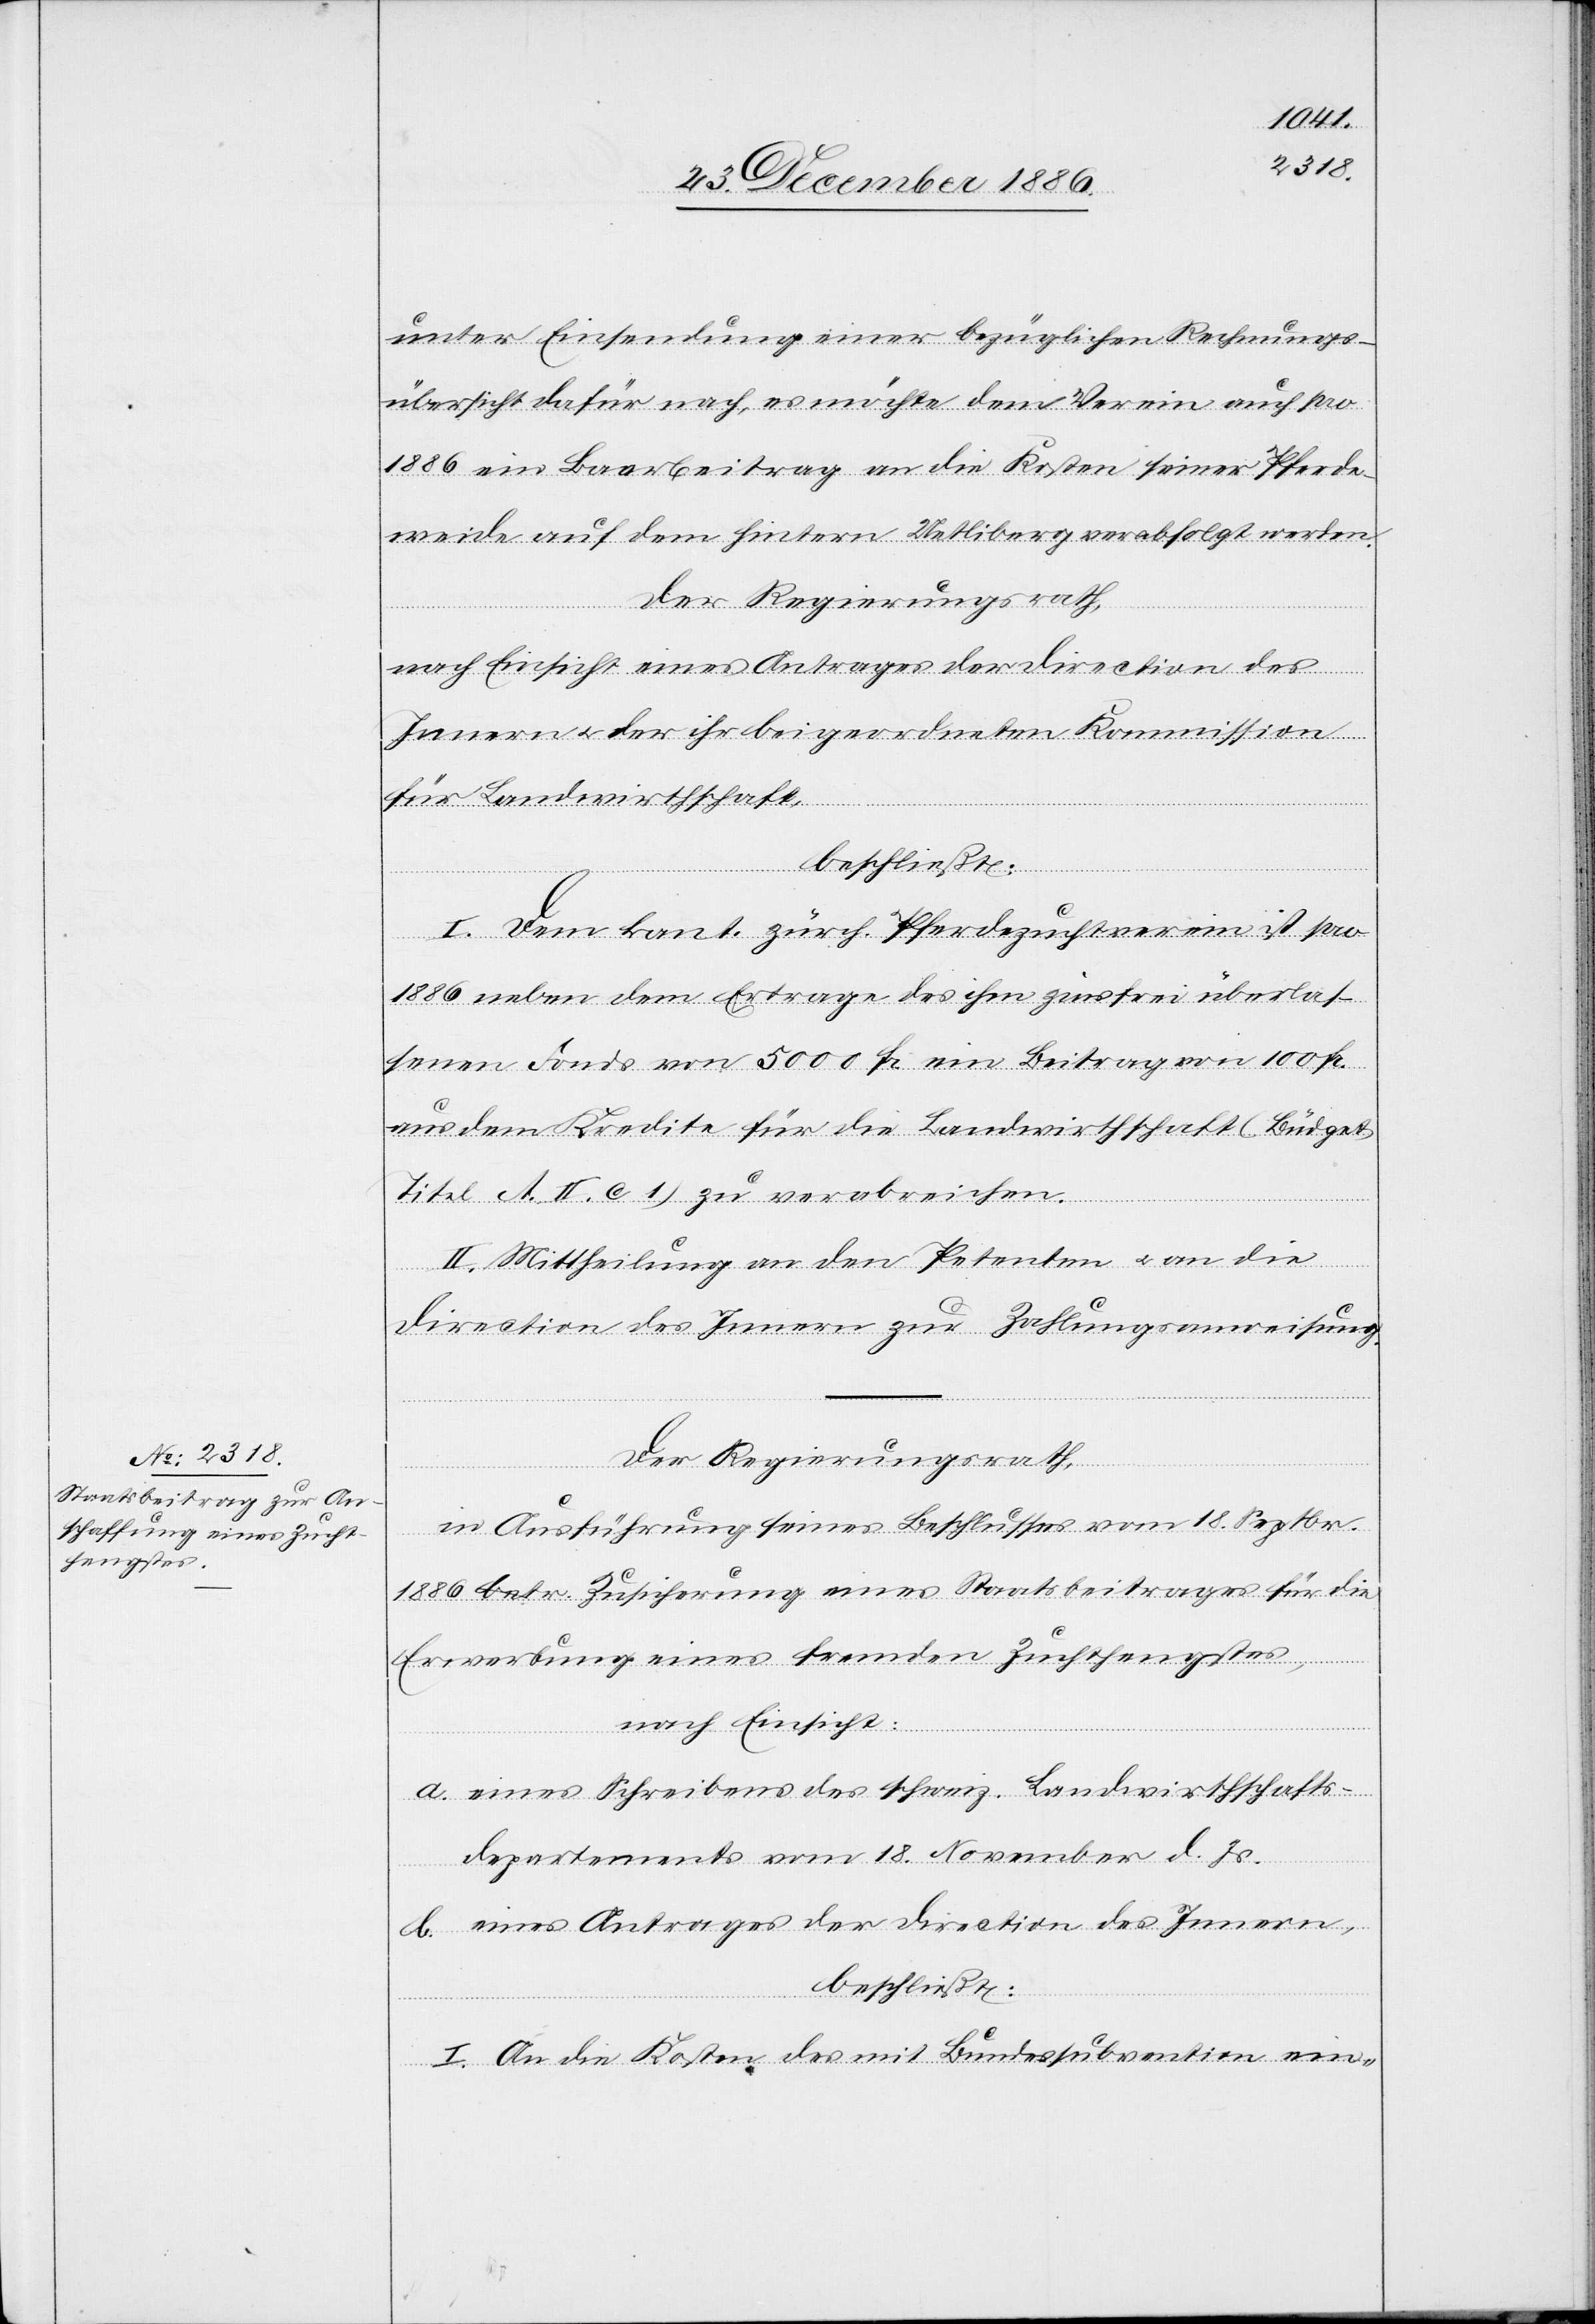
unter Einsendung einer bezüglichen Rechnungs¬
übersicht dafür nach, es möchte dem Verein auch pro
1886 ein Baarbeitrag an die Kosten seiner Pferde¬
weide auf dem hintern Uetliberg verabfolgt werden.
nach Einsicht eines Antrages der Direction des
Innern & der ihr beigeordneten Kommission
für Landwirthschaft,
beschließt:
I. Dem kant. zürch. Pferdezuchtverein ist pro
1886 neben dem Ertrage des ihm zinsfrei überlas¬
senen Fonds von 5000 Fr. ein Beitrag von 100 Fr.
aus dem Kredite für die Landwirthschaft (Büdget
Titel A. II. c. 1) zu verabreichen.
II. Mittheilung an den Petenten & an die
Direction des Innern zur Zahlungsanweisung.
Der Regierungsrath,
in Ausführung seines Beschlusses vom 18. Septbr.
1886 betr. Zusicherung eines Staatsbeitrages für die
Erwerbung eines fremden Zuchthengstes,
nach Einsicht:
a. eines Schreibens des schweiz. Landwirthschafts¬
departements vom 18. November d. Js.
b. eines Antrages der Direction des Innern,
beschließt:
I. An die Kosten des mit Bundessubvention ein-